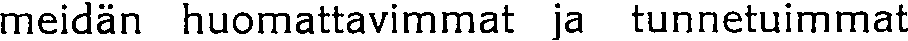
meidän huomattavimmat ja tunnetuimmat